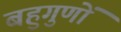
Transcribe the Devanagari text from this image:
बहुगुणों